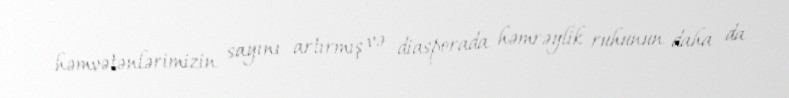
həmvətənlərimizin sayını artırmış və diasporada həmrəylik ruhunun daha da